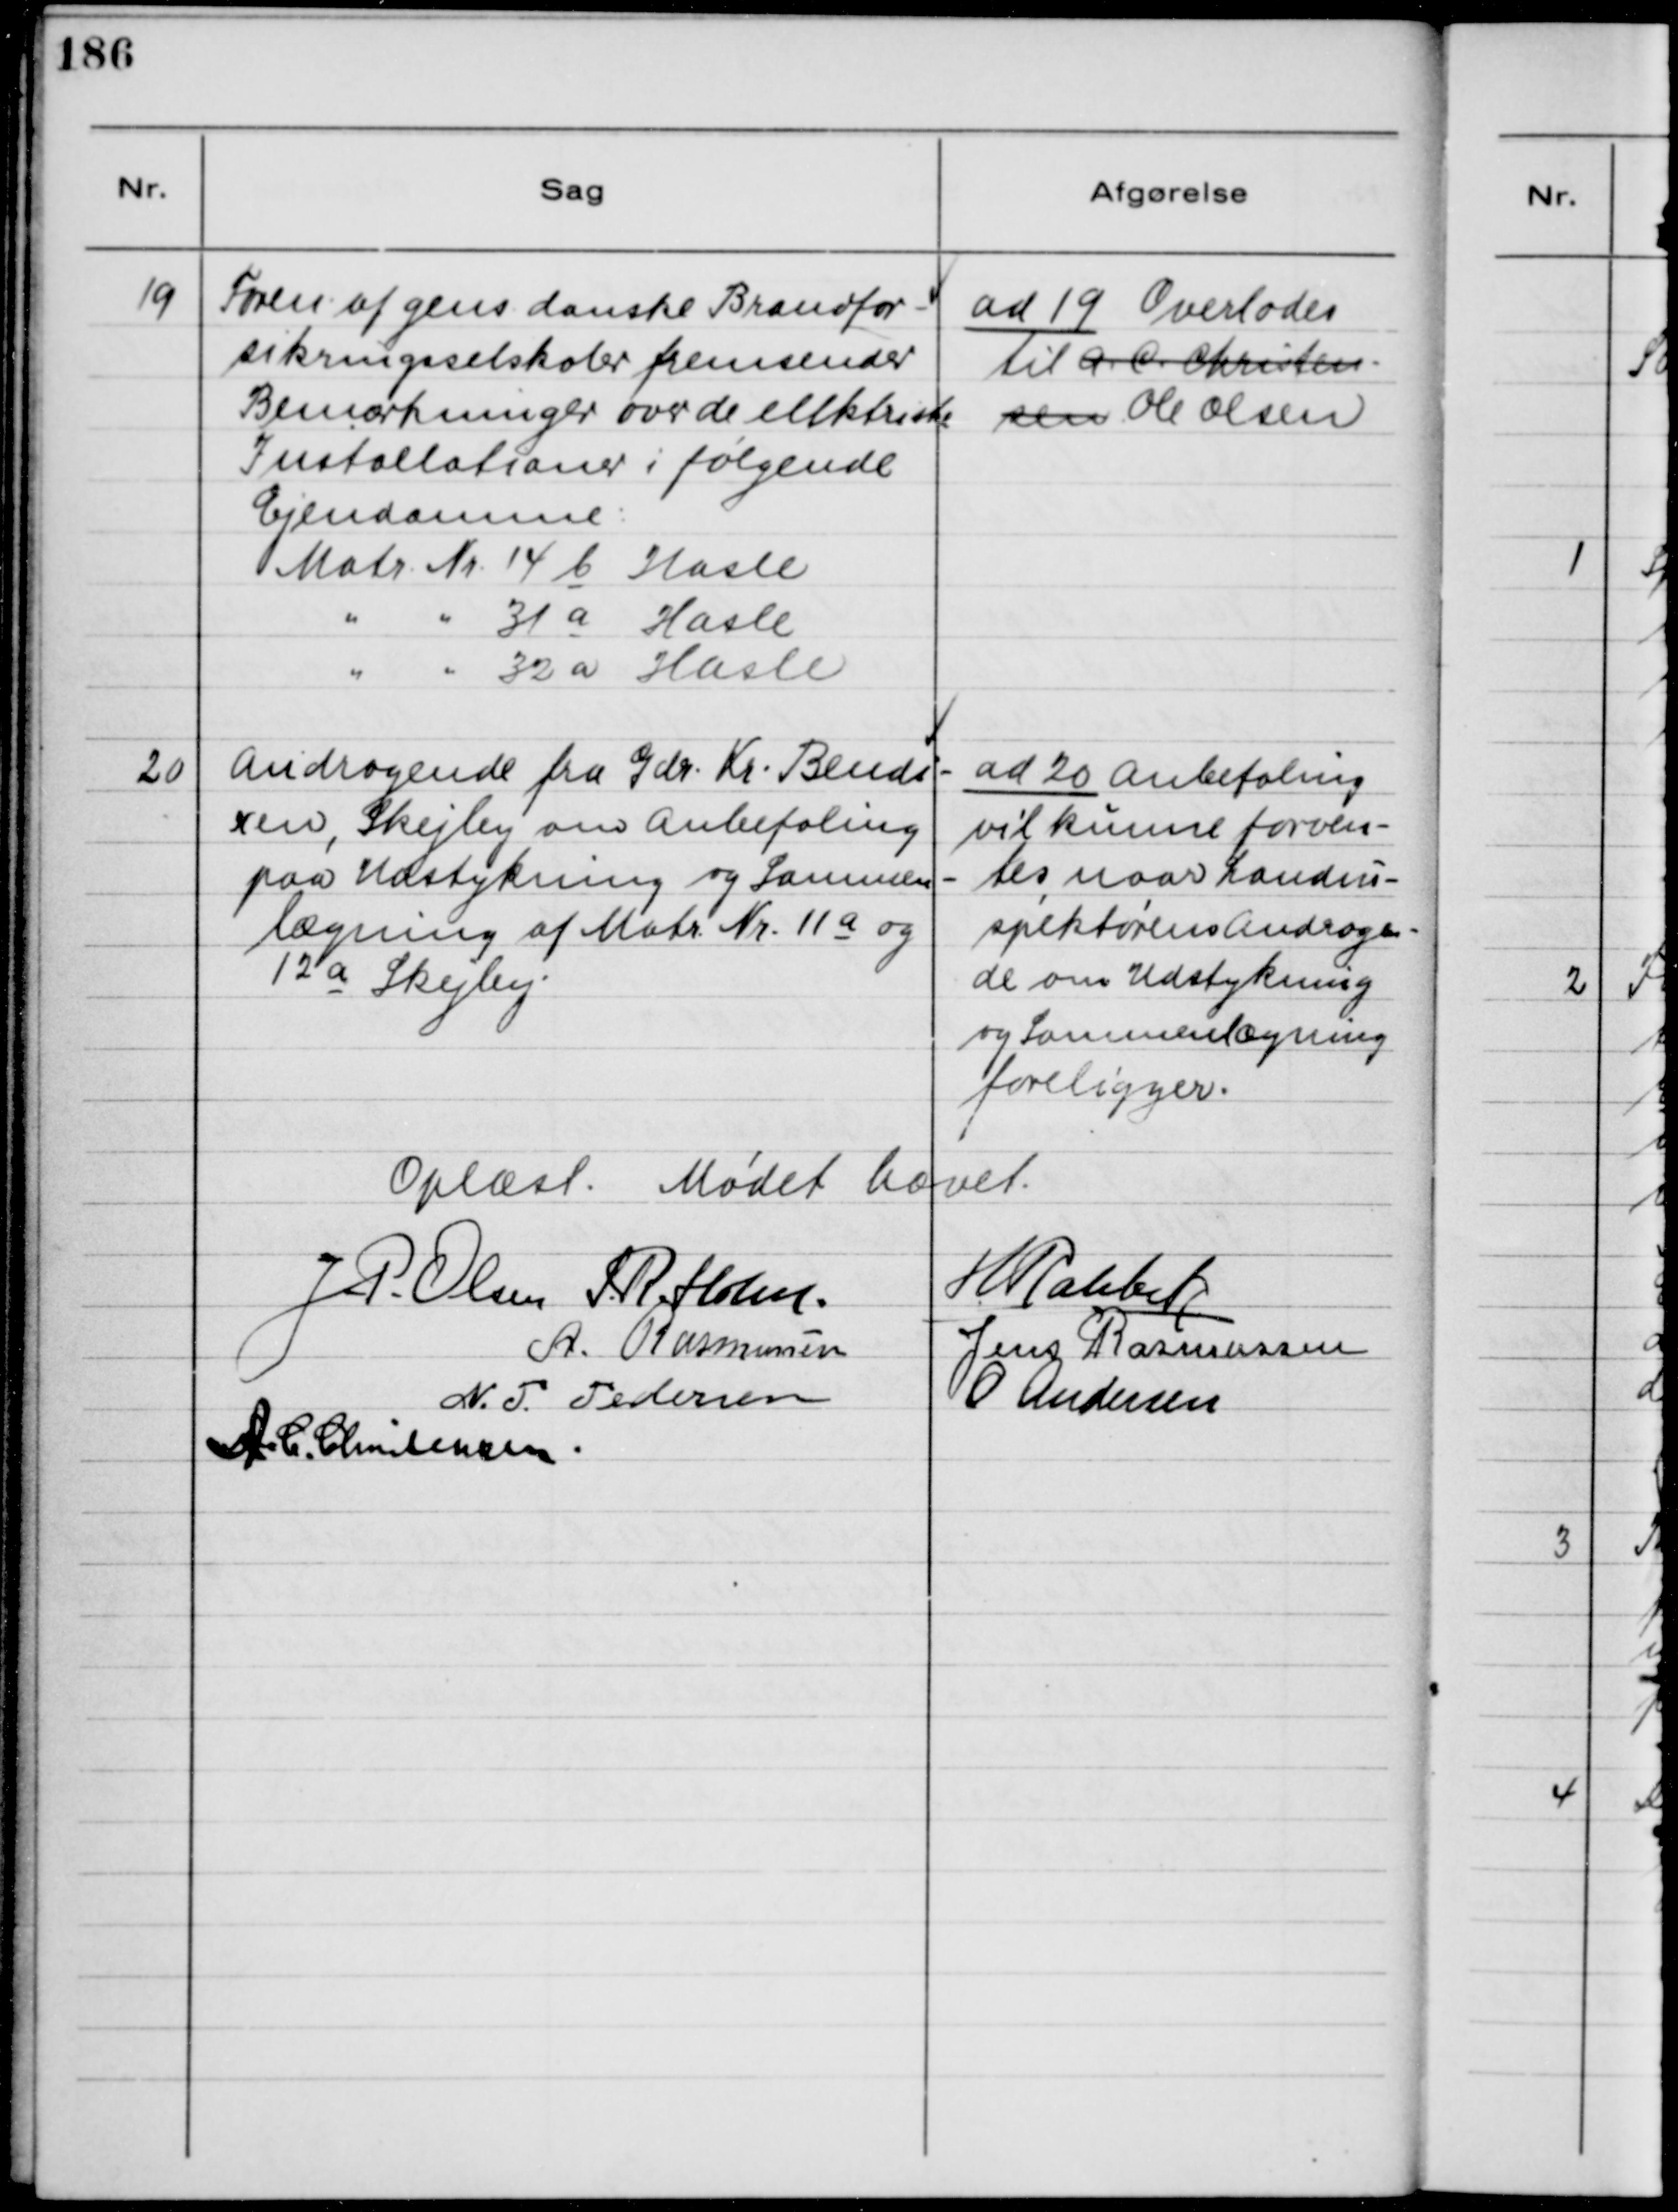
Transskription:
19
Foren af gens danske Brandfor-
sikringsselskaber fremsender
Bemærkninger over de elektriske
Installationer i følgende
Ejendomme:
Matr. Nr. 14 b Hasle
" " 31 a Hasle
" " 32 a Hasle
ad 19 Overlodes
til A.C. Christen-
sen Ole Olsen
20
Andragende fra Gdr. Kr. Bendi-
xen, Skejby om Anbefaling
paa Udstykning og Sammen-
lægning af Matr. Nr. 11 a og
12 a Skejby.
ad 20 Anbefaling
vil kunne forven-
tes naar Landin-
spektørens Andragen-
de om Udstykning
og Sammenlægning
foreligger.
Oplæst. Mødet hævet.
J.P. Olsen
S.R. Holm
H Rahbek
A. Rasmussen
Jens Rasmussen
N.J Pedersen
O Andersen
A.C. Christensen